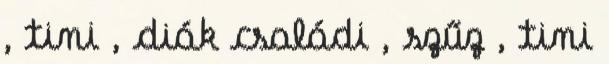
, tini , diák családi , szűz , tini